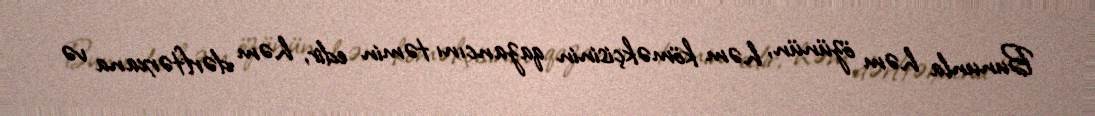
Bununla həm özünün, həm köməkçisinin qazancını təmin edir, həm dərftərxana və